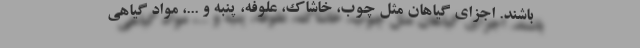
باشند. اجزای گیاهان مثل چوب، خاشاک، علوفه، پنبه و ...، مواد گیاهی